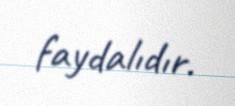
faydalıdır.